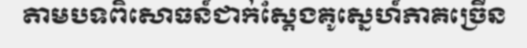
តាមបទពិសោធន៍ជាក់ស្តែងគូស្នេហ៍ភាគច្រើន